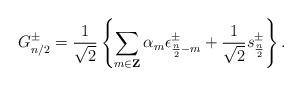
LaTeX: \begin{align*}G^\pm_{n/2} = {1\over\sqrt2} \left\{ \sum_{m\in{\bf Z}}\alpha_{m} \epsilon^\pm_{{n\over2}-m} +{1\over\sqrt2} s^\pm_{n\over2} \right\} .\end{align*}